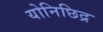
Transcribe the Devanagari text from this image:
योनिछिद्र